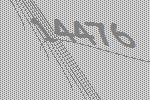
14476